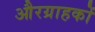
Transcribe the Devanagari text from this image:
औरग्राहकों